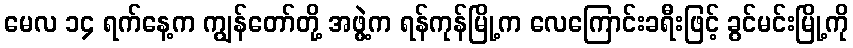
မေလ ၁၄ ရက်နေ့က ကျွန်တော်တို့ အဖွဲ့က ရန်ကုန်မြို့က လေကြောင်းခရီးဖြင့် ခွင်မင်းမြို့ကို